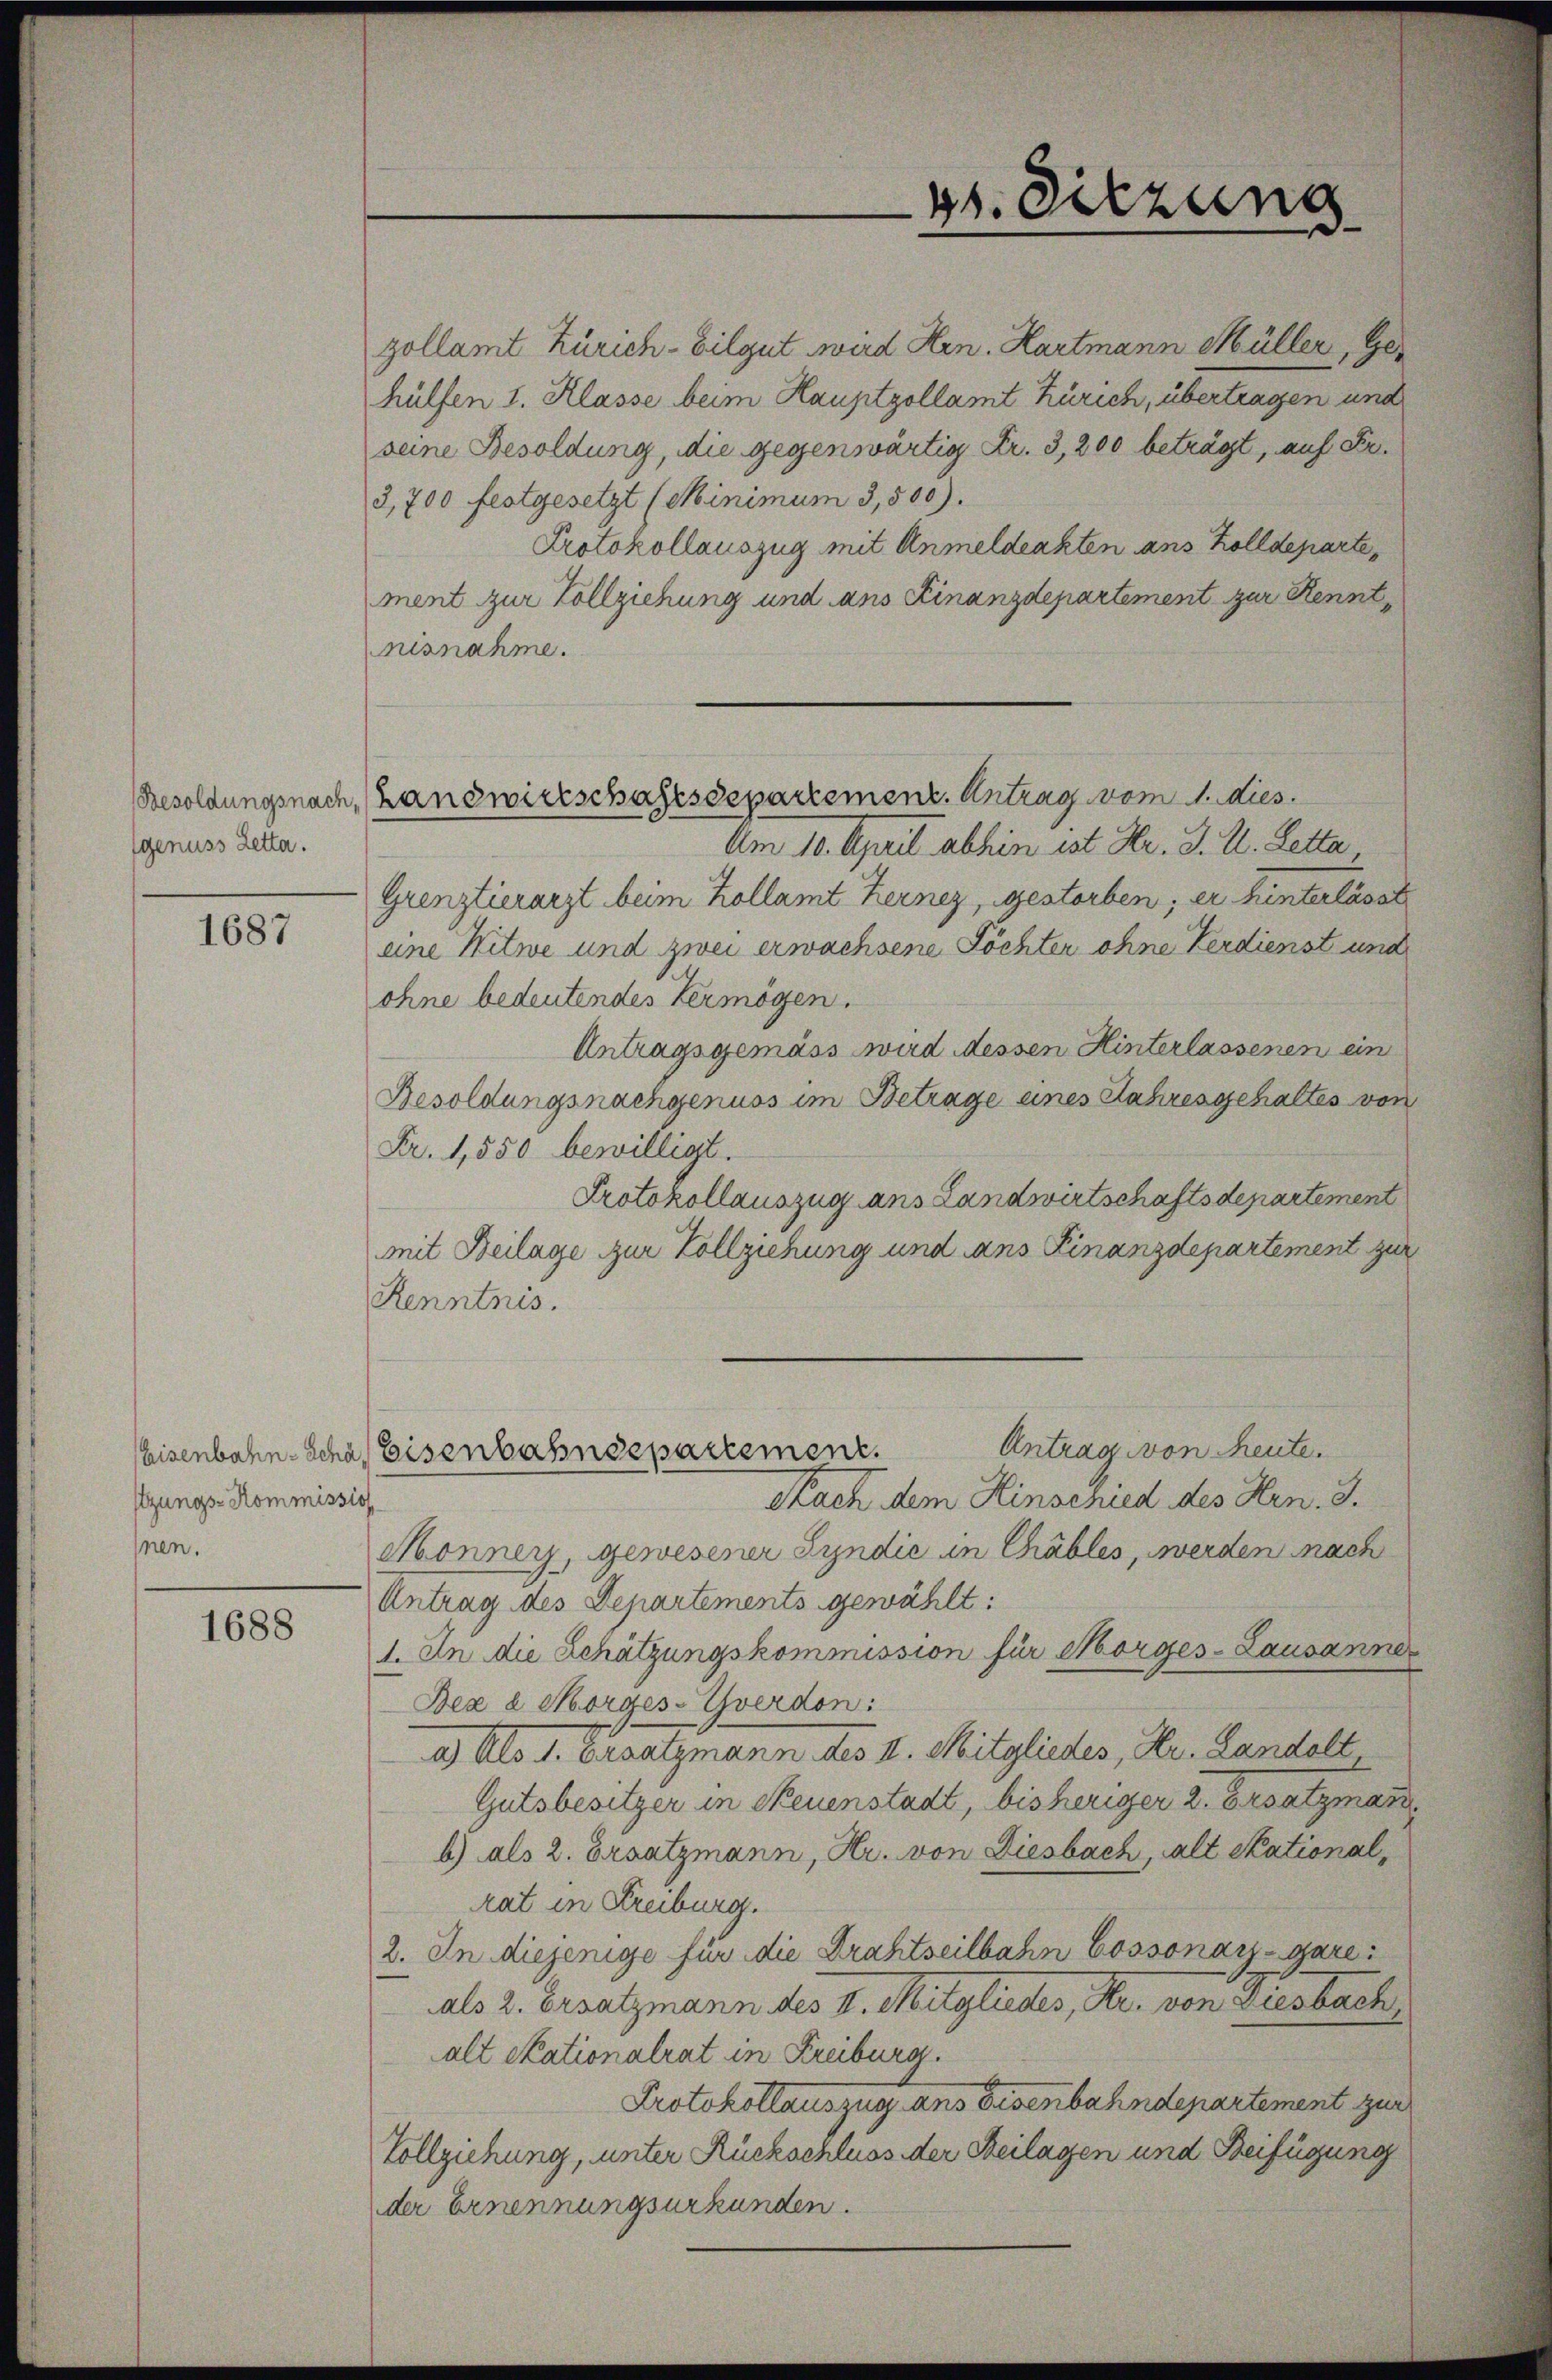
Besoldungsnach,
genuss Zetta.

1687

tzungs-Kommissio
nen.

1688

zollamt Zürich-Eilgut wird Hrn. Hartmann Müller, Gehülfen 1. Klasse beim Hauptzollamt Zürich, übertragen und
seine Besoldung, die gegenwärtig Fr. 3, 200 beträgt, auf Fr.
3,700 festgesetzt (Minimum 3,500).
Protokollauszug mit Anmeldenkten aus Zolldeparte,
ment zur Vollziehung und ans Finanzdepartement zur Kenntnisnahme.
Landwirtschaftsdepartement. Antrag vom 1. dies
Am 10. April abhin ist Hr. J. U. Letta
Grenztierarzt beim Kollamt Kernez, gestorben; er hinterlässt
eine Mitwe und zwei erwachsene Töchter ohne Verdienst und
ohne bedeutendes Vermögen.
Antragsgemäss wird dessen Hinterlassenen ein
Besoldungsnachgenuss im Betrage eines Jahresgehaltes von
Fr. 1,550 bewilligt.
Protokollauszug ans Landwirtschaftsdepartement
mit Beilage zur Vollziehung und ans Finanzdepartement zu
Renntnis.
Antrag von heute.
Eisenbahn-Schas Eisenbahndepartement.
Nach dem Hinschied des Hrn. J.
Monnerz, gewesener Syndić in Chables, werden nach
Antrag des Departements gewählt:
1. An die Schätzungskommission für Morges-Lausanne
Bez e Morges-Yverdon:
a) Als 1. Ersatzmann des II. Mitgliedes, Hr. Landolt,
Gutsbesitzer in Neuenstadt, bisheriger 2. Ersatzman
b) als 2. Ersatzmann, Hr. von Diesbach, alt Stational,
rat in Freiburg.
2. In diejenige für die Drahtseilbahn Cossonarz-gare
als 2. Ersatzmann des I. Mitgliedes, Hr. von Diesbach,
alt Skationalrat in Kreiburg.
Protokollauszug ans Eisenbahndepartement zur
Vollziehung, unter Rückschluss der Beilagen und Beifügung
der Ernennungsurkunden.

44. Sitzung
¬